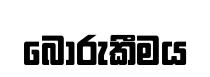
බොරුකීමය